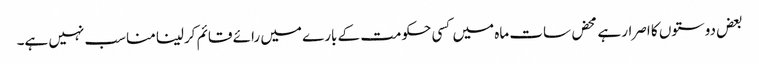
بعض دوستوں کا اصرار ہے محض سات ماہ میں کسی حکومت کے بارے میں رائے قائم کرلینا مناسب نہیں ہے۔